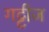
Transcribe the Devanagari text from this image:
गट्टीज